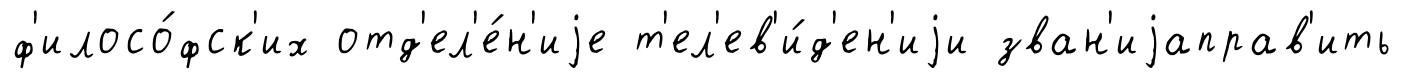
ф'илосо́фск'их отд'ел'е́н'иjе т'ел'ев'и́д'ен'иjи зван'иjаправ'ить